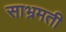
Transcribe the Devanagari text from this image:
साभ्रमती